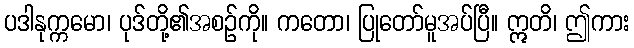
ပဒါနုက္ကမော၊ ပုဒ်တို့၏အစဉ်ကို။ ကတော၊ ပြုတော်မူအပ်ပြီ။ ဣတိ၊ ဤကား